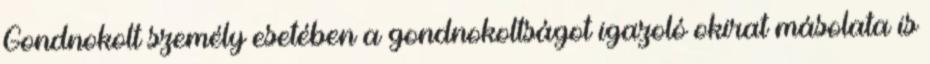
Gondnokolt személy esetében a gondnokoltságot igazoló okirat másolata is